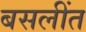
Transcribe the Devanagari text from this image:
बसलींत